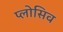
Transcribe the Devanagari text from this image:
प्लोसिव